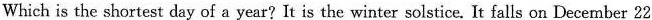
Which is the shortest day of a year? It is the winter solstice. It falls on December 22